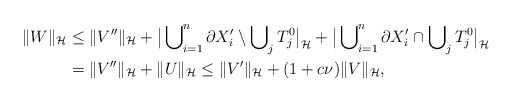
\begin{align*}\Vert W \Vert_{\cal H} &\le \Vert V'' \Vert_{\cal H} + \big|\bigcup\nolimits^n_{i=1} \partial X'_i \setminus \bigcup\nolimits_j T_j^0\big|_{\cal H} + \big|\bigcup\nolimits^n_{i=1} \partial X'_i \cap\bigcup\nolimits_j T_j^0\big|_{\cal H} \\ & = \Vert V'' \Vert_{\cal H} + \Vert U \Vert_{\cal H} \le \Vert V' \Vert_{\cal H} + (1+c\nu)\Vert V \Vert_{\cal H}, \end{align*}